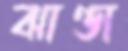
ঝাণ্ডা